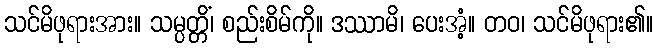
သင်မိဖုရားအား။ သမ္ပတ္တိံ၊ စည်းစိမ်ကို။ ဒဿာမိ၊ ပေးအံ့။ တဝ၊ သင်မိဖုရား၏။